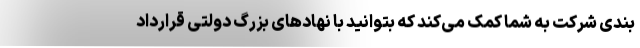
بندی شرکت به شما کمک می‌کند که بتوانید با نهادهای بزرگ دولتی قرارداد